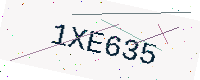
Text: 1XE635